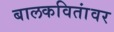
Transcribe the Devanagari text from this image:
बालकवितांवर